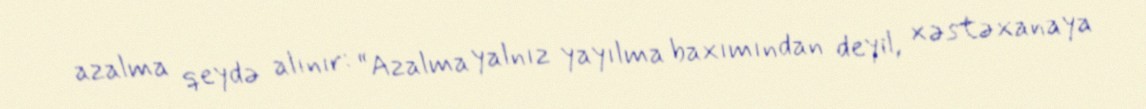
azalma qeydə alınır: “Azalma yalnız yayılma baxımından deyil, xəstəxanaya